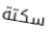
سكتة